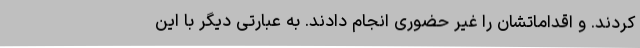
کردند. و اقداماتشان را غیر حضوری انجام دادند. به عبارتی دیگر با این